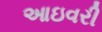
આઇવરી